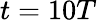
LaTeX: t=10T